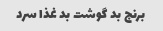
برنج بد گوشت بد غذا سرد